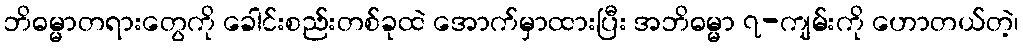
ဘိဓမ္မာတရားတွေကို ခေါင်းစည်းတစ်ခုထဲ အောက်မှာထားပြီး အဘိဓမ္မာ ၇-ကျမ်းကို ဟောတယ်တဲ့၊